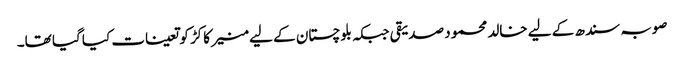
صوبہ سندھ کے لیے خالد محمود صدیقی جبکہ بلوچستان کے لیے منیر کاکڑ کو تعینات کیا گیا تھا۔